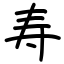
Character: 寿